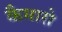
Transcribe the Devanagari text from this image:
कैमारो